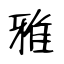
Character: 雅